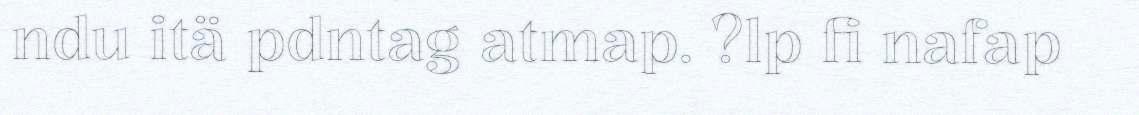
ndu itä pdntag atmap. ?lp fi nafap